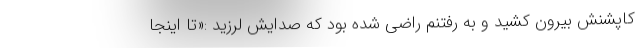
کاپشنش بیرون کشید و به رفتنم راضی شده بود که صدایش لرزید :«تا اینجا